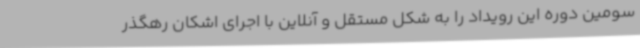
سومین دوره این رویداد را به شکل مستقل و آنلاین با اجرای اشکان رهگذر